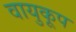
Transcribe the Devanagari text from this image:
वायुकूप